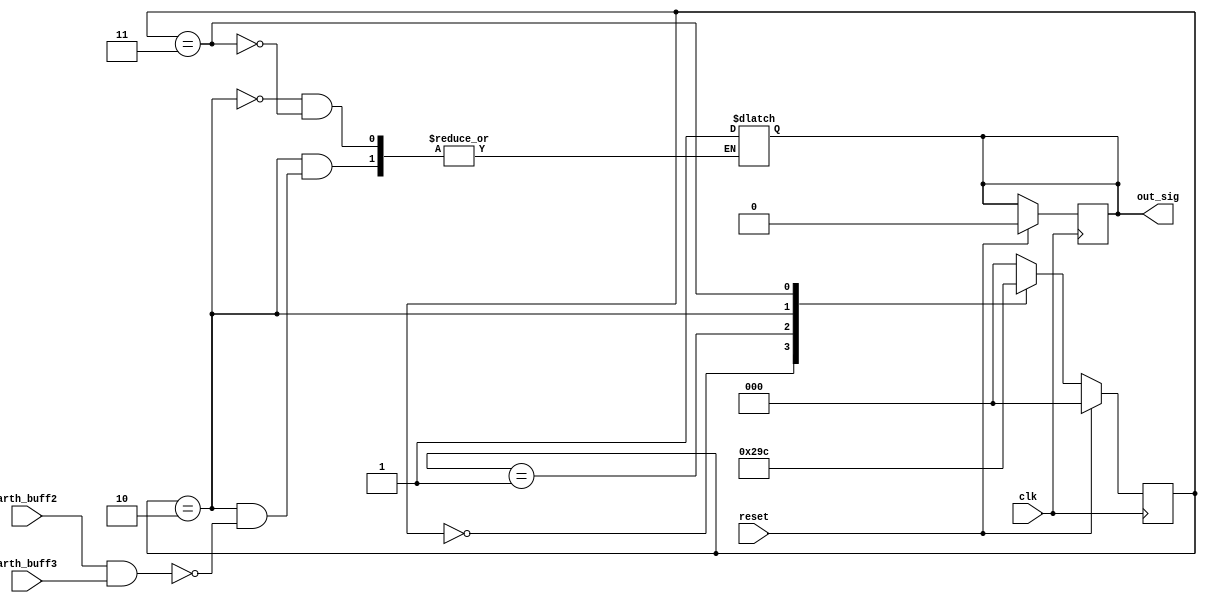

module forwarding_unit_controller(clk,reset,out_sig,arth_buff2,arth_buff3);
input clk,reset,arth_buff2,arth_buff3;
output reg out_sig;


//states
localparam ready=3'b000;
localparam state1=3'b001;
localparam state2=3'b010;
localparam state3=3'b011;
localparam state_end=3'b100;

/////////////////////

reg [2:0] state_reg,state_next;

always @(posedge clk)begin
	if(reset)begin
		state_reg=ready;
		out_sig=0;
	end
	else 
		state_reg=state_next;
end

always @(state_reg)begin
	case(state_reg)
		ready:
		
				state_next=state1;
			
			
		state1:
		begin
			state_next=state2;
		
		end		
		state2:
		begin	
			state_next=state3;
			if(arth_buff2==1'b1&&arth_buff3==1'b1)
				out_sig=1;
		end	
		state3: 
		begin
			state_next=state_end;
			out_sig=1;
		end
		
		default:
		begin
			state_next=ready;
			
		end
	endcase	
end



endmodule